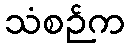
သံစဉ်က